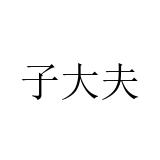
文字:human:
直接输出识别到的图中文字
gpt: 子大夫